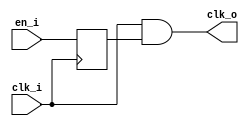
module clock_gate(
  input clk_i,     
  input en_i,     
  output reg clk_o 
);

reg en_latched;

always @ (posedge clk_i) begin
  en_latched <= en_i;
end

always @ (*) begin
  clk_o = clk_i & en_latched;
end

endmodule